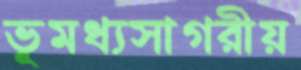
ভূমধ্যসাগরীয়